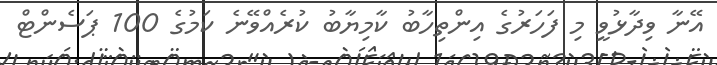
އޭނާ ވިދާޅުވީ މި ފަހަރުގެ އިންތިހާބު ކާމިޔާބު ކުރެއްވޭނެ ކަމުގެ 100 ޕަސެންޓް